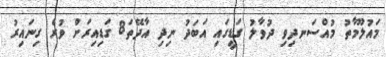
މައުލޫމާތު މުއްސަނދިވި ދުވާލު ގަޑީގައި އަބަދު ނިދި އާދޭތަ8 ގަޑިއިރަށް ވުރެ ގިނައިރު